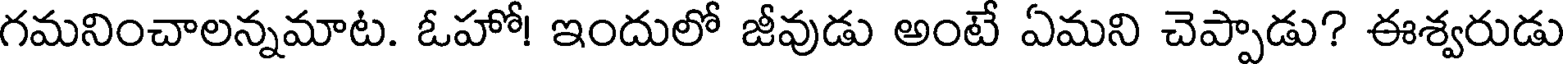
గమనించాలన్నమాట. ఓహో! ఇందులో జీవుడు అంటే ఏమని చెప్పాడు? ఈశ్వరుడు